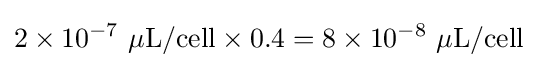
2\times 10^{-7}\ \mathrm {\mu L/cell} \times 0.4=8\times 10^{-8}\ \mathrm {\mu L/cell}